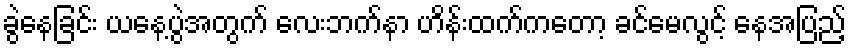
ခွဲနေခြင်း ယနေ့ပွဲအတွက် လေးဘက်နာ ဟိန်းထက်ကတော့ ခင်မေလွင့် နေအပြည့်